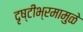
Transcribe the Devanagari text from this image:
दृष्टीभ्रमामुळे